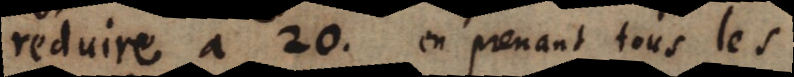
reduire a 20. en prenant tous les